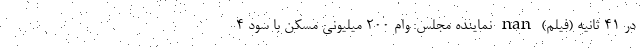
در 41 ثانیه (فیلم) nan نماینده مجلس: وام 200 میلیونی مسکن با سود 4